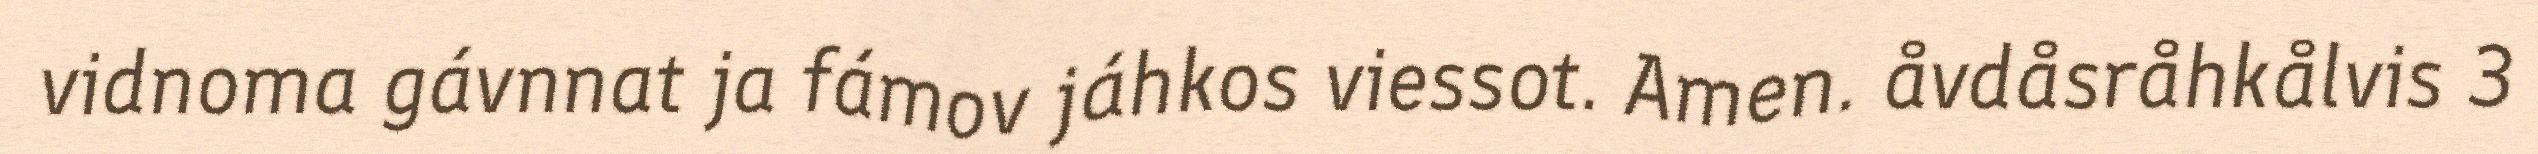
vidnoma gávnnat ja fámov jáhkos viessot. Amen. åvdåsråhkålvis 3